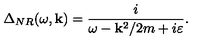
\Delta _ { N R } ( \omega , { \bf k } ) = \frac i { \omega - { \bf k } ^ { 2 } / 2 m + i \varepsilon } .